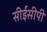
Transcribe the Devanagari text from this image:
सीईसीपी